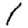
Digit: 1